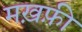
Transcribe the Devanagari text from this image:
मख़फ़ी